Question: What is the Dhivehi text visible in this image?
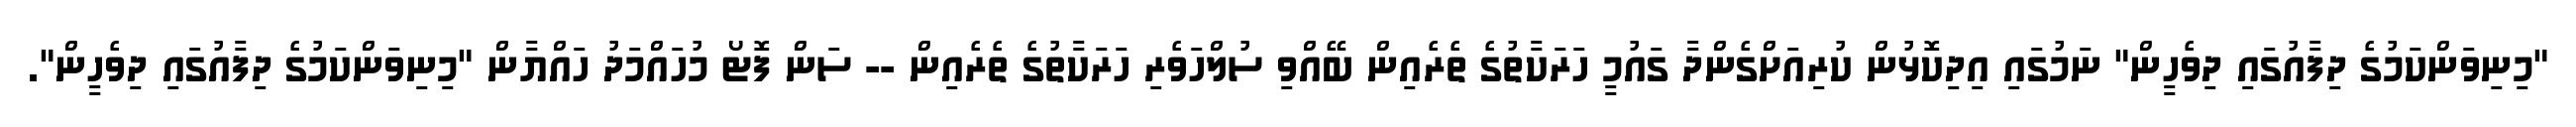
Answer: "މިނިވަންކަމުގެ ދިފާއުގައި ދިވެހީން" ނަމުގައި އިދިކޮޅުން ކުރިއަށްގެންދާ ގައުމީ ހަރަކާތުގެ ތެރެއިން ބޭއްވި ސުލްހަވެރި ހަރަކާތުގެ ތެރެއިން -- ސަން ފޮޓޯ މުހައްމަދު ހައްޔާން "މިނިވަންކަމުގެ ދިފާއުގައި ދިވެހީން".